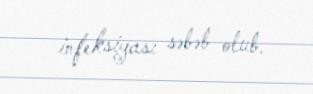
infeksiyası səbəb olub.